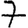
Digit: 7